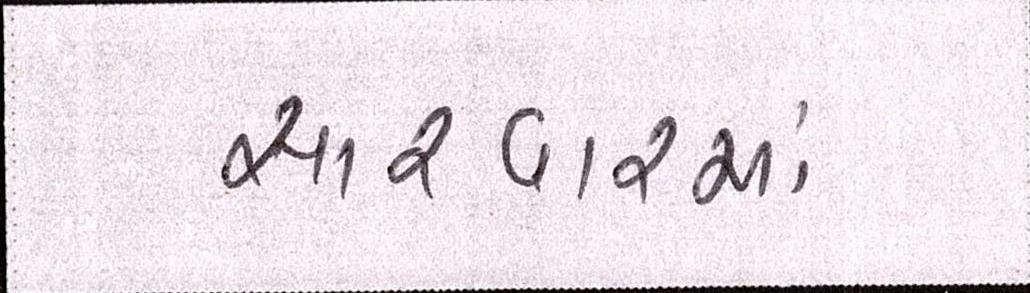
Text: સારવારમાં